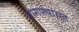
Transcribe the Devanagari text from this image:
ग्रामपचायत